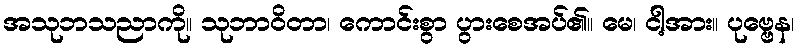
အသုဘသညာကို။ သုဘာဝိတာ၊ ကောင်းစွာ ပွားစေအပ်၏။ မေ၊ ငါ့အား။ ပုဗ္ဗေန၊